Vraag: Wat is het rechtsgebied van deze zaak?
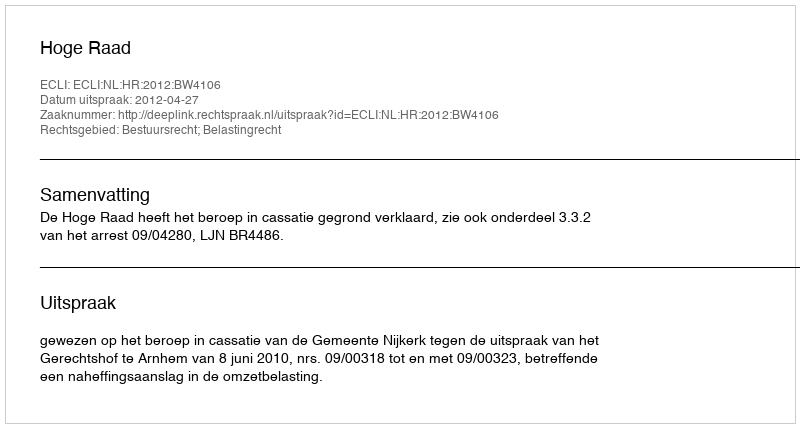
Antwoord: Bestuursrecht; Belastingrecht